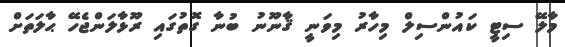
މާލޭ ސިޓީ ކައުންސިލް މިހާރު މިވަނީ ޤާނޫނު ބުނާ ގޮތުގައި ރޫޅާލަންޖެހޭ ޙާލަތަށް